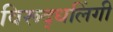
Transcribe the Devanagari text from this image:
विरूद्धलिंगी